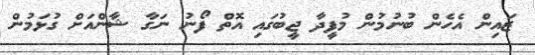
ޒައިން އެހެން ބުނުމުން މުފީދާ ޖީބުގައި އޮތް ފޯނު ނަގާ ޝާންއަށް ގުޅަމުން